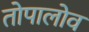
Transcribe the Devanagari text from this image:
तोपालोव